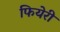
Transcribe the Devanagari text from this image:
फियेरी